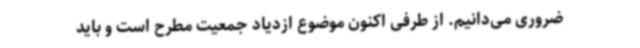
ضروری می‌دانیم. از طرفی اکنون موضوع ازدیاد جمعیت مطرح است و باید